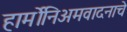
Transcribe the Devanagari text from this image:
हार्मोनिअमवादनाचे